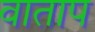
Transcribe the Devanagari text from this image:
वाताप